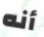
أنه